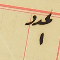
عدد ١